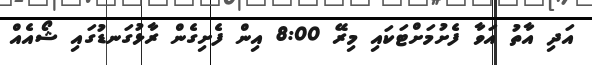
އަދި އާތު އަވާ ފެށުމަށްޓަކައި މިރޭ 8:00 އިން ފެށިގެން ރާޅުގަނޑުގައި ޝޯއެއް